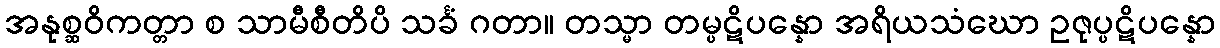
အနုစ္ဆဝိကတ္တာ စ သာမီစီတိပိ သင်္ခံ ဂတာ။ တသ္မာ တမ္ပဋိပန္နော အရိယသံဃော ဥဇုပ္ပဋိပန္နော